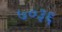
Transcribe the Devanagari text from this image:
७०३६